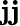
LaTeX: \mathbf{j}\mathbf{j}